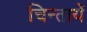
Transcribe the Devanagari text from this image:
चिन्तायें